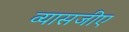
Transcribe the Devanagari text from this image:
व्यासजीए